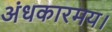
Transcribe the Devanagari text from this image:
अंधकारमय।